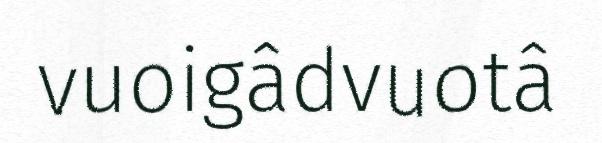
vuoigâdvuotâ